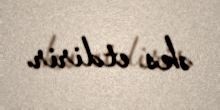
əks etdirir.